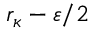
r _ { \kappa } - \varepsilon / 2